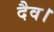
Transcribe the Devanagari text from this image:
दैव।